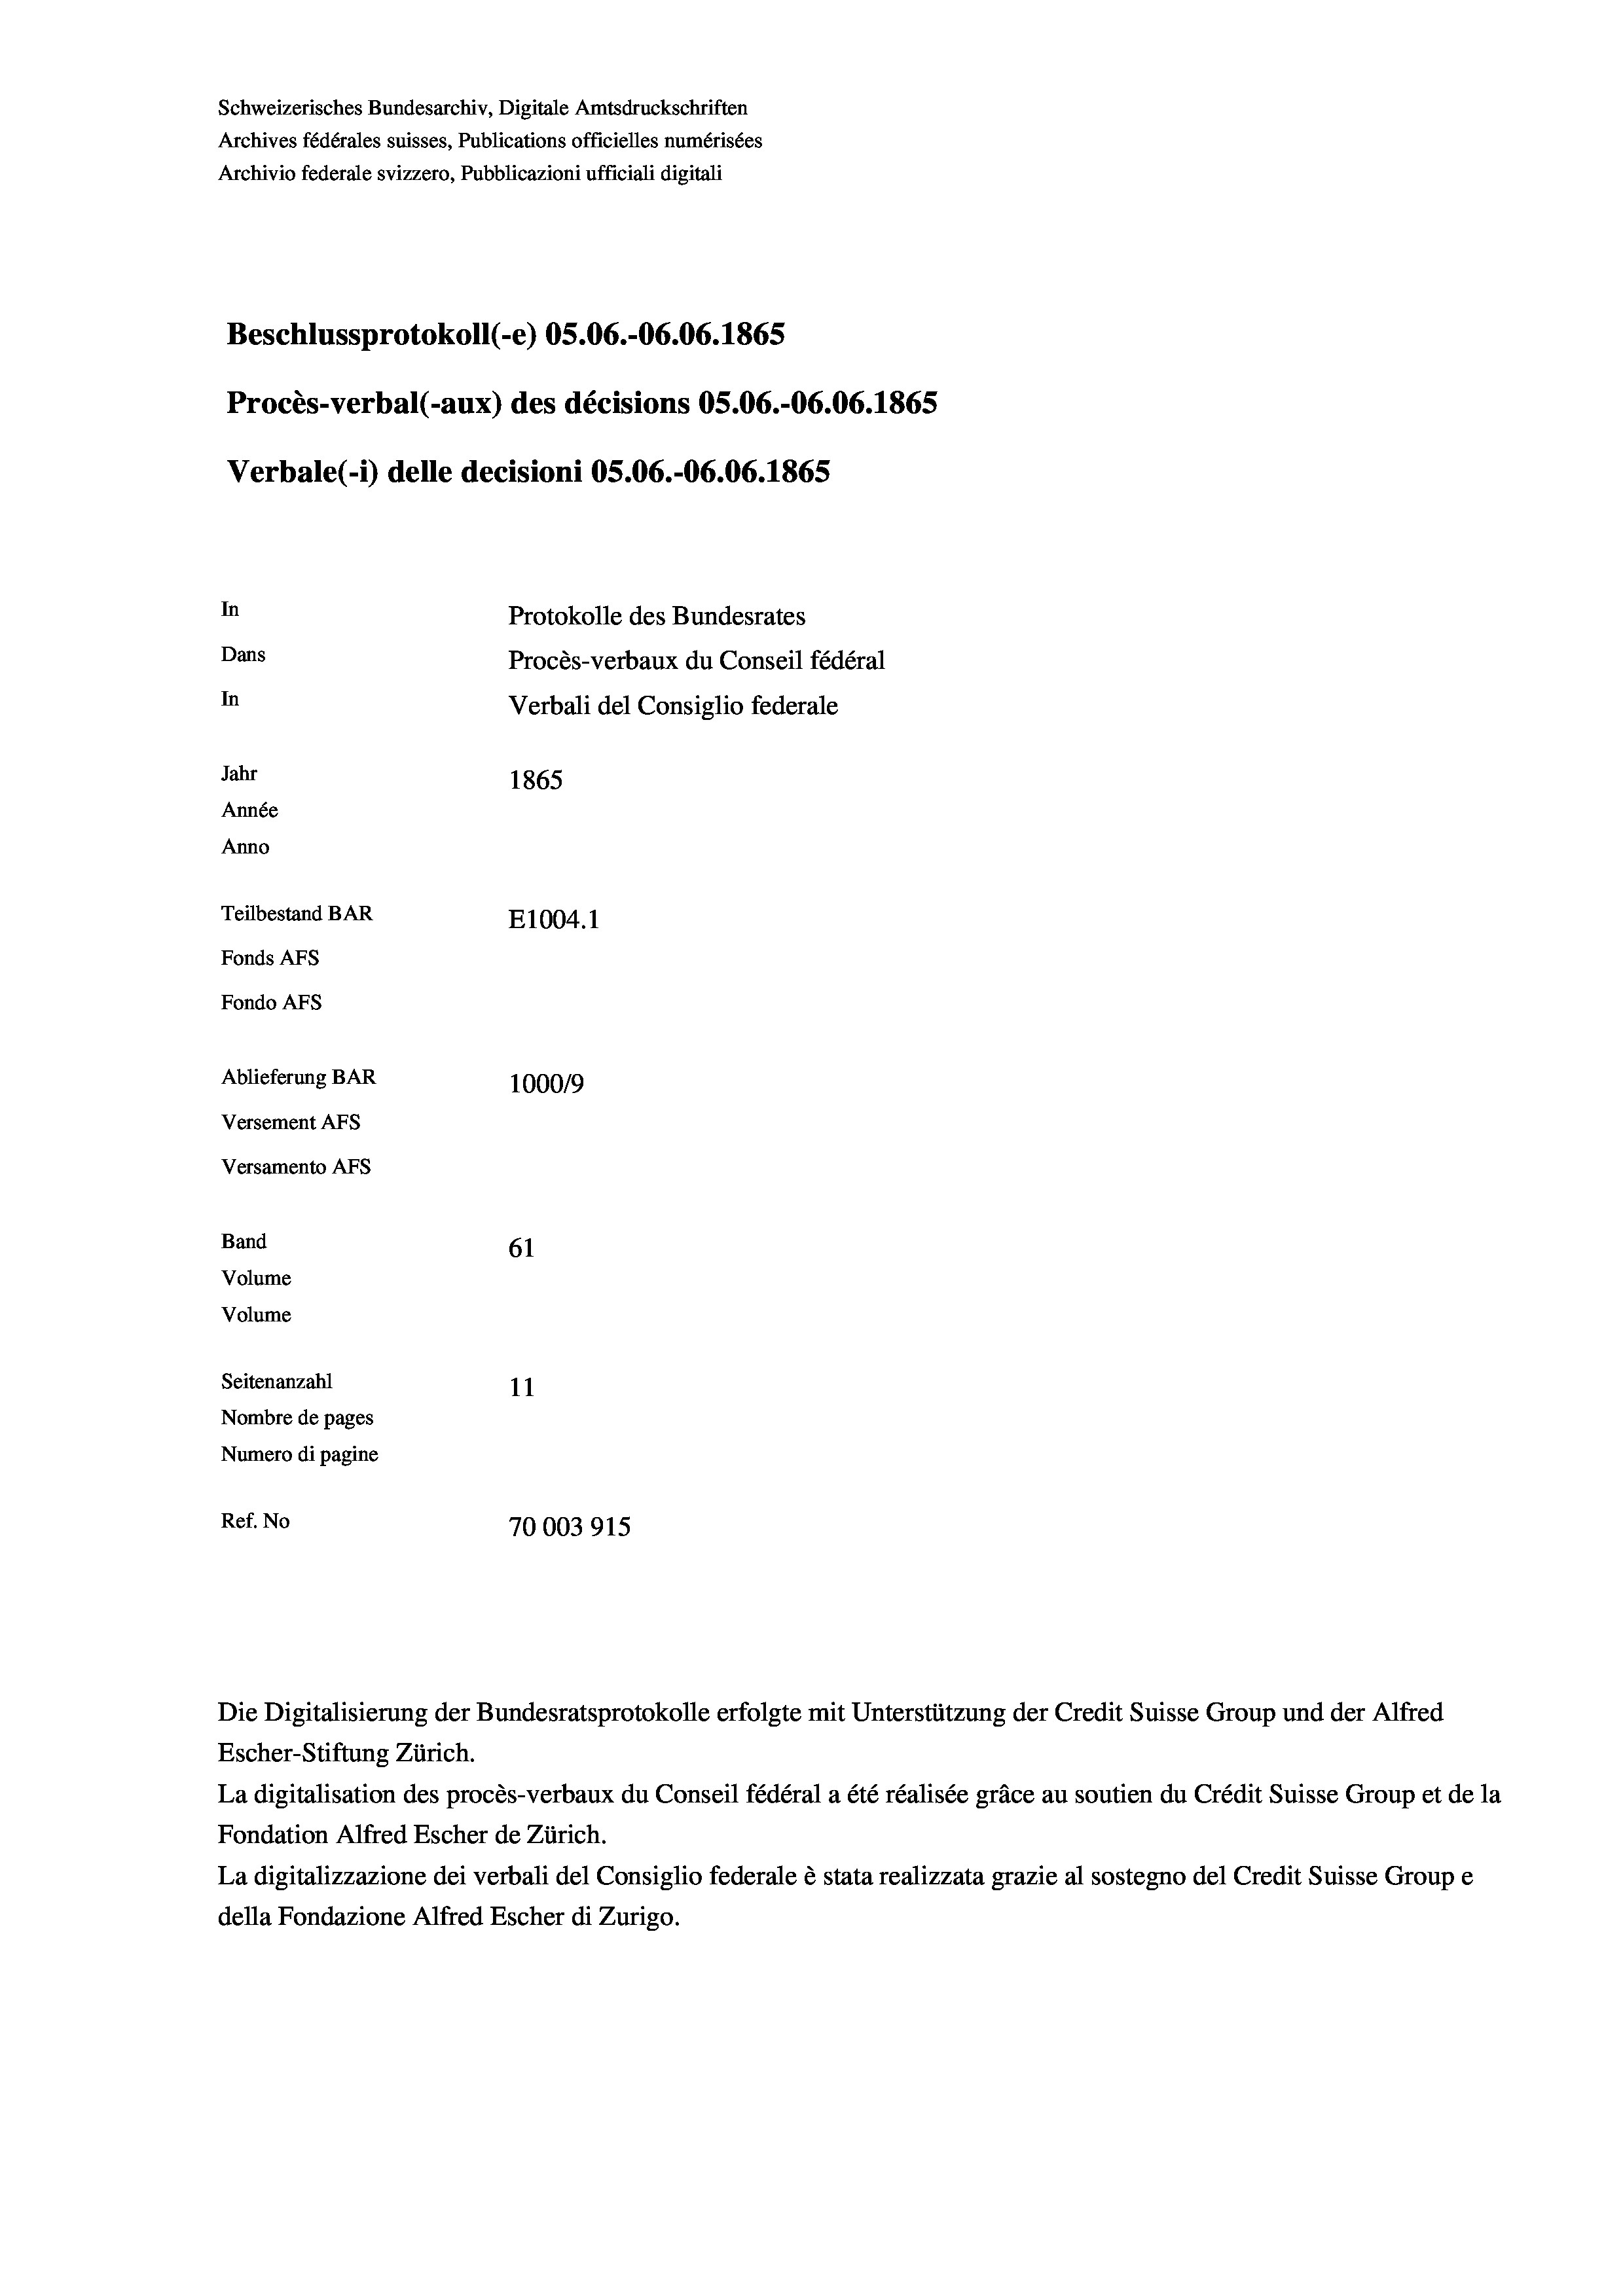
Schweizerisches Bundesarchiv, Digitale Amtsdruckschriften
Archives fédérales suisses, Publications officielles numérisées
Archivio federale svizzero, Pubblicazioni ufficiali digitali
Beschlussprotokoll (-e) OS.06.-06.06. 1865
Procès-verbal (-aux) des décisions OS.06.-06.06. 1865
Verbale (i) delle decisioni OS.06.-06.06. 1865
In
Protokolle des Bundesrates
Dans
Procès-verbaux du Conseil fédéral
In
Verbali del Consiglio federale
Jahr
1865
Année
Anno
Teilbestand BAR
E1004.1
Fonds AFs
Fondo AFS
Ablieferung BAR
100019
Versement AFs
Versamento AFs
Band
61
Volume
Volume

Seitenanzahl
11
Nombre de pages
Numero di pagine
Ref. No
70003915

Escher-Stiftung Zürich.
La digitalisation des procès-verbaux du Conseil fédéral a été réalisée gräce au soutien du Crédit Suisse Group et de la
Fondation Alfred Escher de Zürich.
La digitalizzazione dei verbali del Consiglio federale è stata realizzata grazie al sostegno del Credit Suisse Groupe
della Fondazione Alfred Escher di Zurigo.

Die Digitalisierung der Bundesratsprotokolle erfolgte mit Unterstützung der Credit Suisse Group und der Alfred